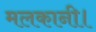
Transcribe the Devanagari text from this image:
मलकानी।